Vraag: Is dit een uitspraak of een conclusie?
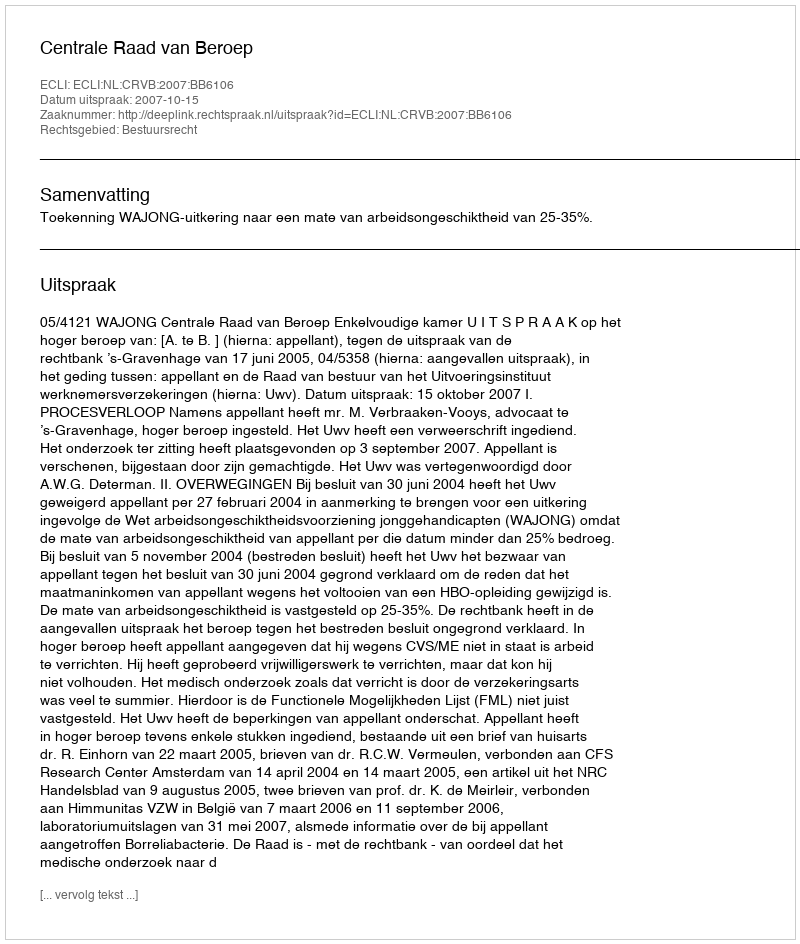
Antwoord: Uitspraak